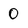
Character: 0